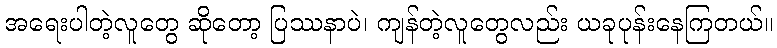
အရေးပါတဲ့လူတွေ ဆိုတော့ ပြဿနာပဲ၊ ကျန်တဲ့လူတွေလည်း ယခုပုန်းနေကြတယ်။